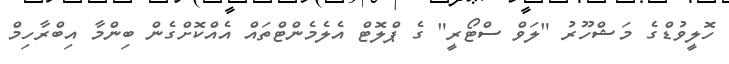
ހޮލީވުޑްގެ މަޝްހޫރު "ލަވް ސްޓޯރީ" ގެ ޕްލޮޓް އެލެމެންޓްތައް އެއްކޮށްގެން ބިންމާ އިބްރާހިމް